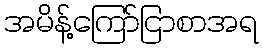
အမိန့်ကြော်ငြာစာအရ